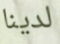
لدينا